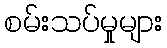
စမ်းသပ်မှုများ